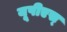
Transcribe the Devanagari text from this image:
यूपीएस्